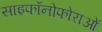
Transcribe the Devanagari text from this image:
साइफॉनोफोराओं